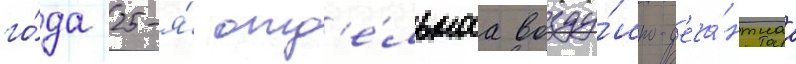
го́да 25-я́ отд'е́льнаа возду́шно-д'еса́нтнаа